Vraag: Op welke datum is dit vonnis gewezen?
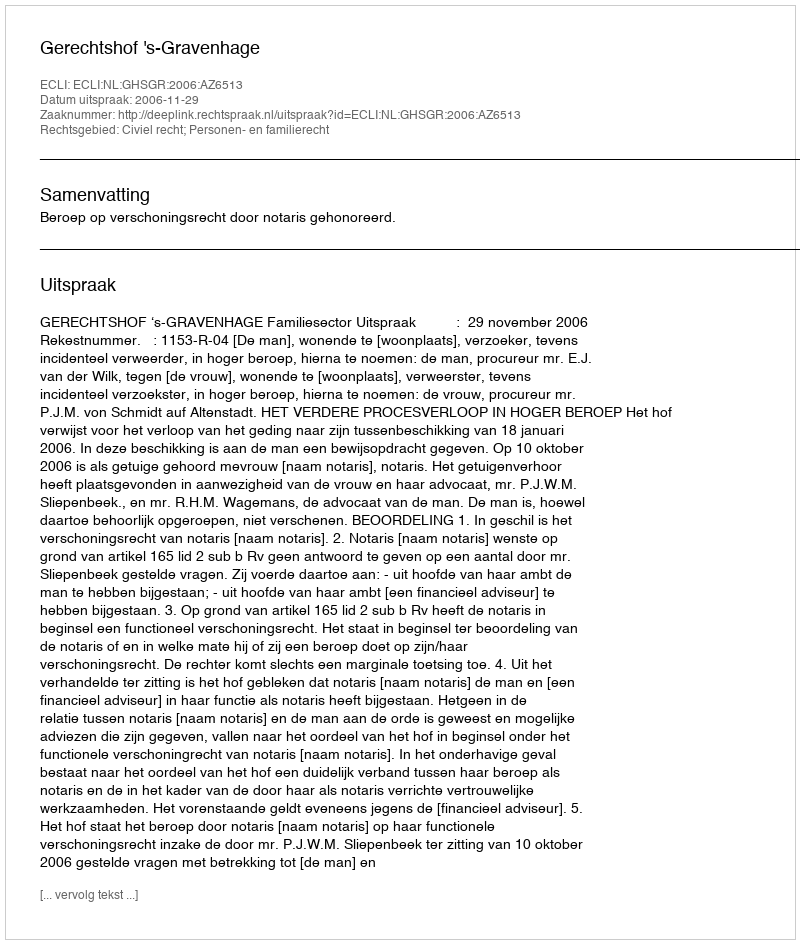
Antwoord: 2006-11-29